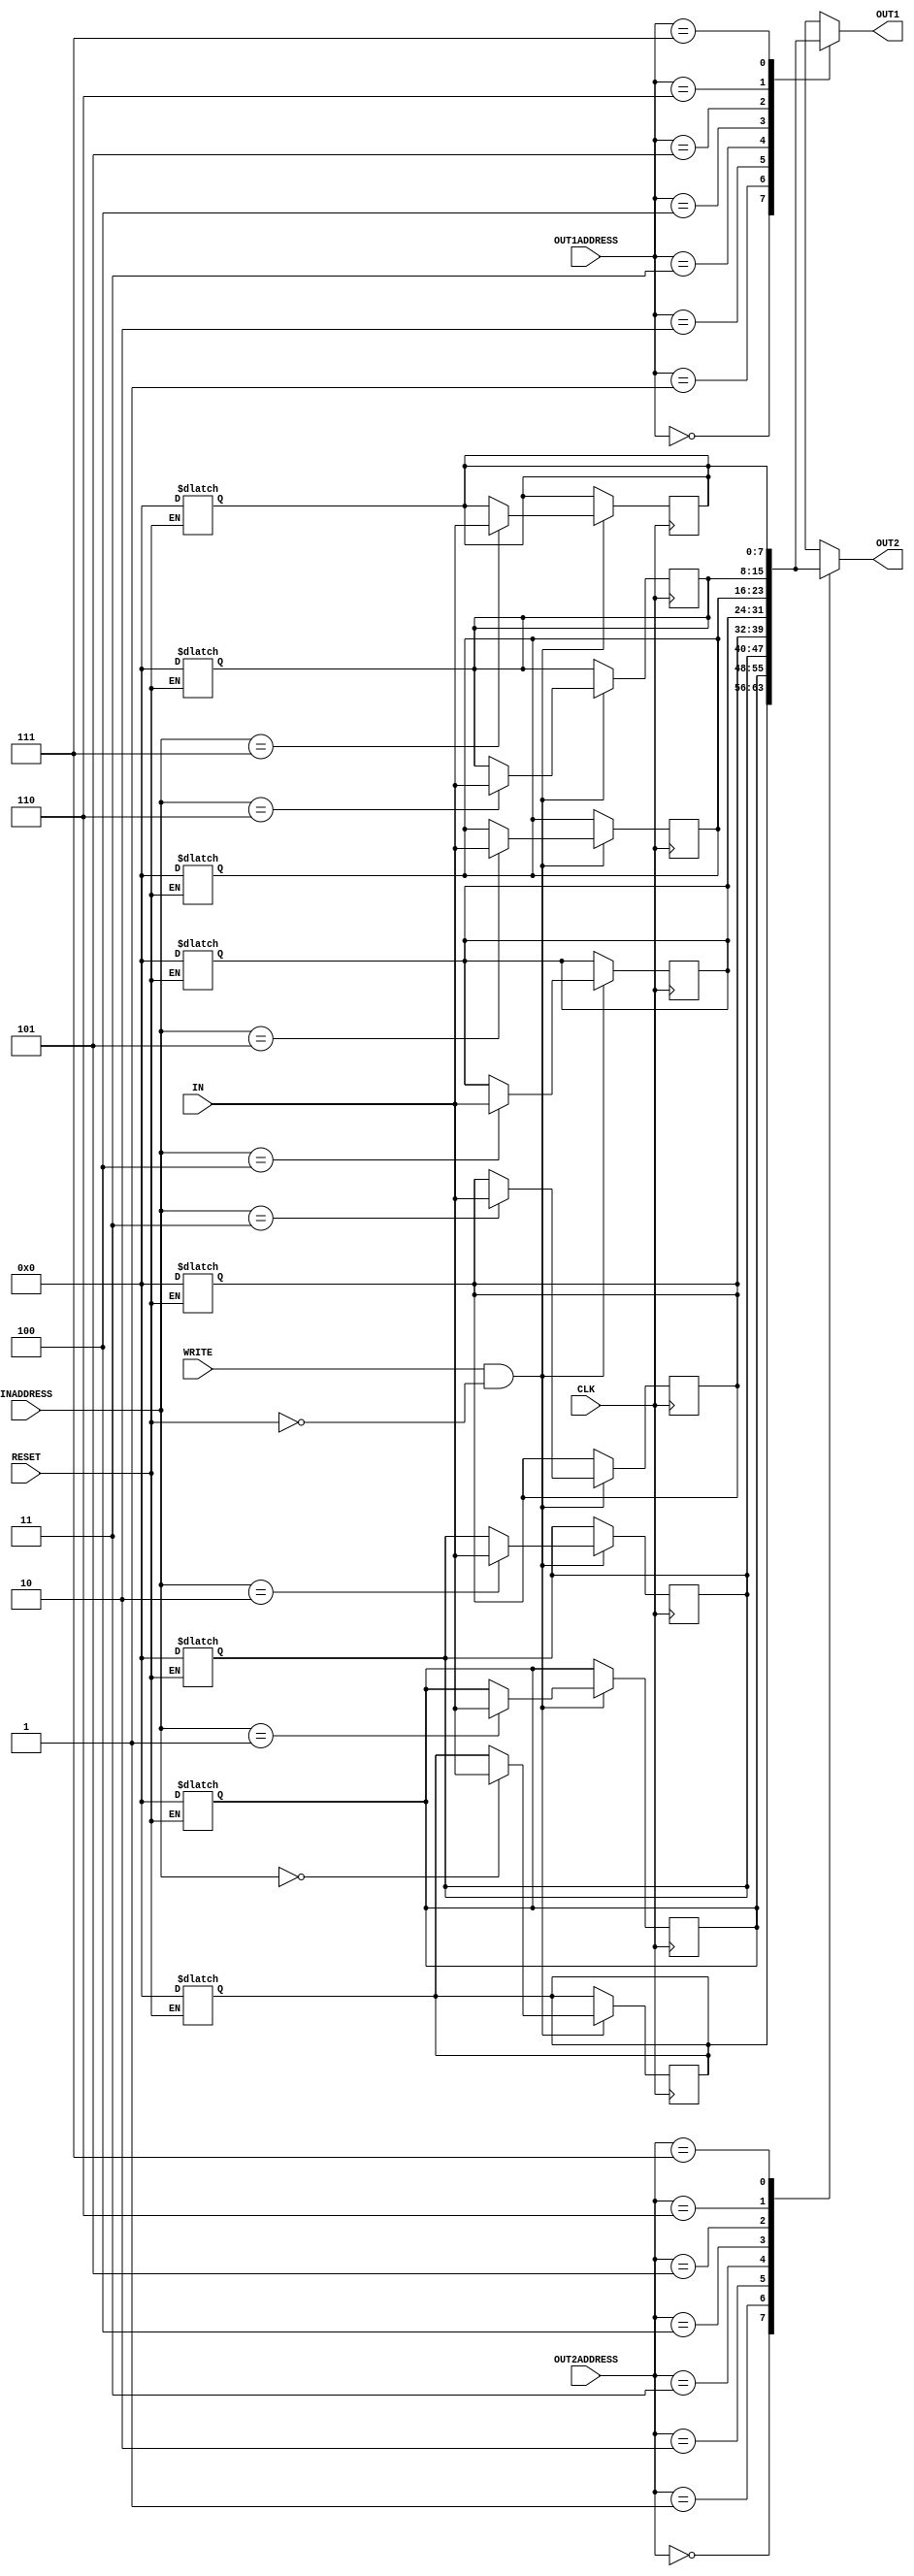
// Computer Architecture (CO224) - Lab 05
// Design: Register file of Simple Processor

module reg_file (IN, OUT1, OUT2, INADDRESS, OUT1ADDRESS, OUT2ADDRESS, WRITE, CLK, RESET);//just as method

        //ports declaration
	//initialize outputs and these names are as given in pdf
        output [7:0]OUT1;           
        output [7:0]OUT2;
	//initialize inputs
	input [7:0]IN;
	input [2:0]INADDRESS;         
	input [2:0]OUT1ADDRESS; 
	input [2:0]OUT2ADDRESS;
	input WRITE;
        input CLK;
        input RESET; 

        reg [7:0]OUT1;//reg is used as data type for variables to which values are assigned
	reg [7:0]OUT2;
	reg [7:0] REGISTERS[0:7];
	integer i;//for the 'for loop'
		
        always @ (*) //get change level triggerd  
	begin
	       if(RESET == 1)// when reset is 1 all the registers get the value 0 and reset is level triggered
	       begin
		   #2;  //registers reset delay
		   for (i=0; i<8; i=i+1)//this is done in a loop
		   begin
		       REGISTERS[i]=8'b0;// all registers getting 0
		   end
	       end
        end	       
	always @ (posedge CLK) //write is happened at positive edge of the clock      
	begin
	       if (WRITE == 1 && RESET == 0)  //this happen when write is enabled and registers are not reseting
               begin
		   #2;  //registers write delay
                   REGISTERS[INADDRESS] <= IN; //values get assigned to registers in the file
               end
        end				              
        
	always @ (REGISTERS[OUT1ADDRESS] , REGISTERS[OUT2ADDRESS])//to run always when the input values get changed
	begin 
	      #2;//registers read delay	
              OUT1 = REGISTERS[OUT1ADDRESS];  //read values get assigned
              OUT2 = REGISTERS[OUT2ADDRESS];   
        end 	
endmodule